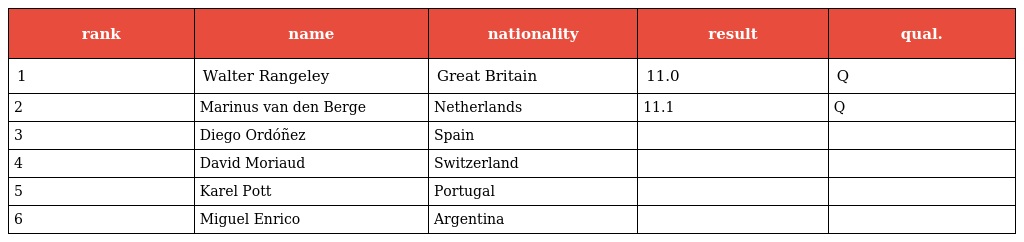
| rank | name | nationality | result | qual. |
 | --- | --- | --- | --- | --- |
 | 1 | Walter Rangeley | Great Britain | 11.0 | Q |
 | 2 | Marinus van den Berge | Netherlands | 11.1 | Q |
 | 3 | Diego Ordóñez | Spain |  |  |
 | 4 | David Moriaud | Switzerland |  |  |
 | 5 | Karel Pott | Portugal |  |  |
 | 6 | Miguel Enrico | Argentina |  |  |